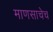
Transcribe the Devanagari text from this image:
माणसाचेच